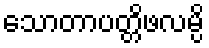
သောတာပတ္တိဖလမ္ပိ